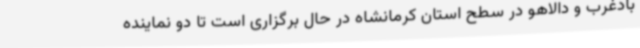
بادغرب و دالاهو در سطح استان کرمانشاه در حال برگزاری است تا دو نماینده